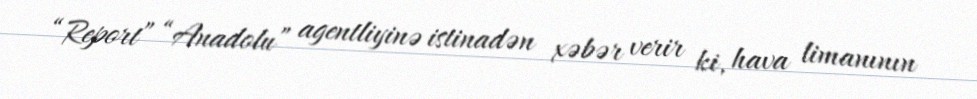
“Report” “Anadolu” agentliyinə istinadən xəbər verir ki, hava limanının